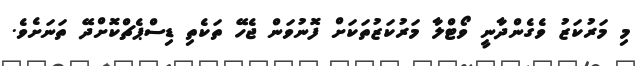
މި މަރުކަޒު ވެގެންދާނީ ވޯޓްލާ މަރުކަޒުތަކަށް ފޮނުވަން ޖެހޭ ތަކެތި ޑިސްޕެޗްކޮށްދޭ ތަނަށެވެ.